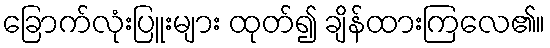
ခြောက်လုံးပြူးများ ထုတ်၍ ချိန်ထားကြလေ၏။